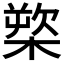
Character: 𰘒